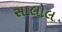
સાલોલ